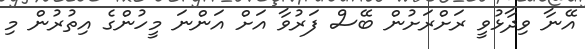
އޭނާ ވިދާޅުވީ ރަށްރަށުން ބޭސް ފަރުވާ އަށް އަންނަ މީހުންގެ އިތުރުން މި